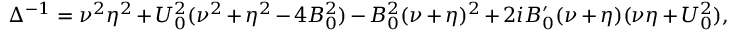
\Delta ^ { - 1 } = \nu ^ { 2 } \eta ^ { 2 } + U _ { 0 } ^ { 2 } ( \nu ^ { 2 } + \eta ^ { 2 } - 4 B _ { 0 } ^ { 2 } ) - B _ { 0 } ^ { 2 } ( \nu + \eta ) ^ { 2 } + 2 i B _ { 0 } ^ { \prime } ( \nu + \eta ) ( \nu \eta + U _ { 0 } ^ { 2 } ) ,